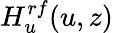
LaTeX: H_{u}^{rf}(u,z)